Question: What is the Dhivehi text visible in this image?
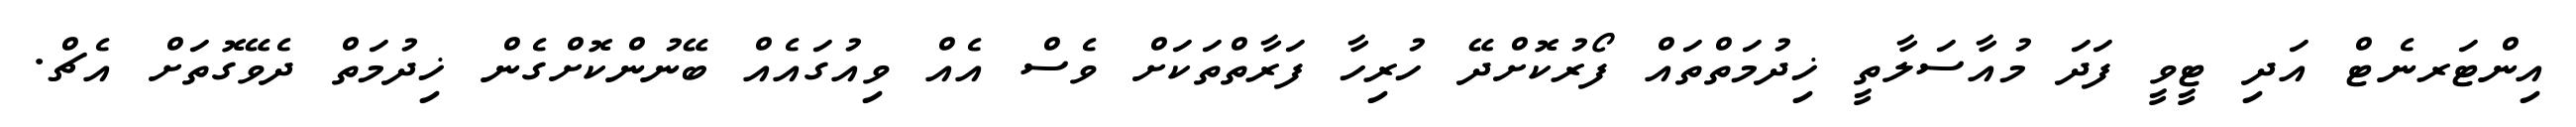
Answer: އިންޓަރނެޓް އަދި ޓީވީ ފަދަ މުއާސަލާތީ ޚިދުމަތްތައް ފޯރުކޮށްދޭ ހުރިހާ ފަރާތްތަކަށް ވެސް އެއް ވިއުގައެއް ބޭނުންކޮށްގެން ޚިދުމަތް ދެވޭގޮތަށް އެޗް.